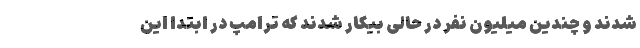
شدند و چندین میلیون نفر در حالی بیکار شدند که ترامپ در ابتدا این